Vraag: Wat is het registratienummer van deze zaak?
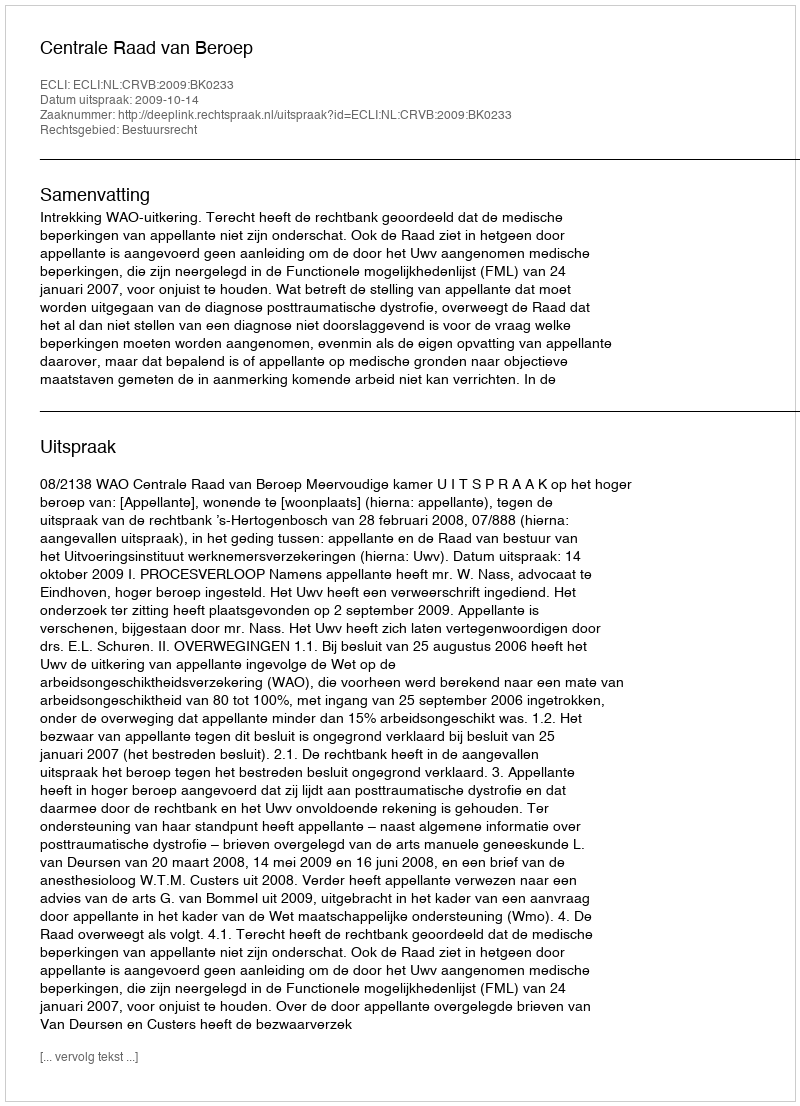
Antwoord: http://deeplink.rechtspraak.nl/uitspraak?id=ECLI:NL:CRVB:2009:BK0233